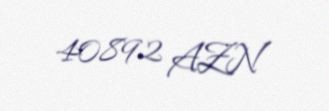
40892 AZN